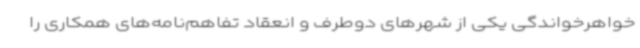
خواهرخواندگی یکی از شهرهای دوطرف و انعقاد تفاهم‌نامه‌های همکاری را